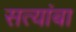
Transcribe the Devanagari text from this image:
सत्यांबा